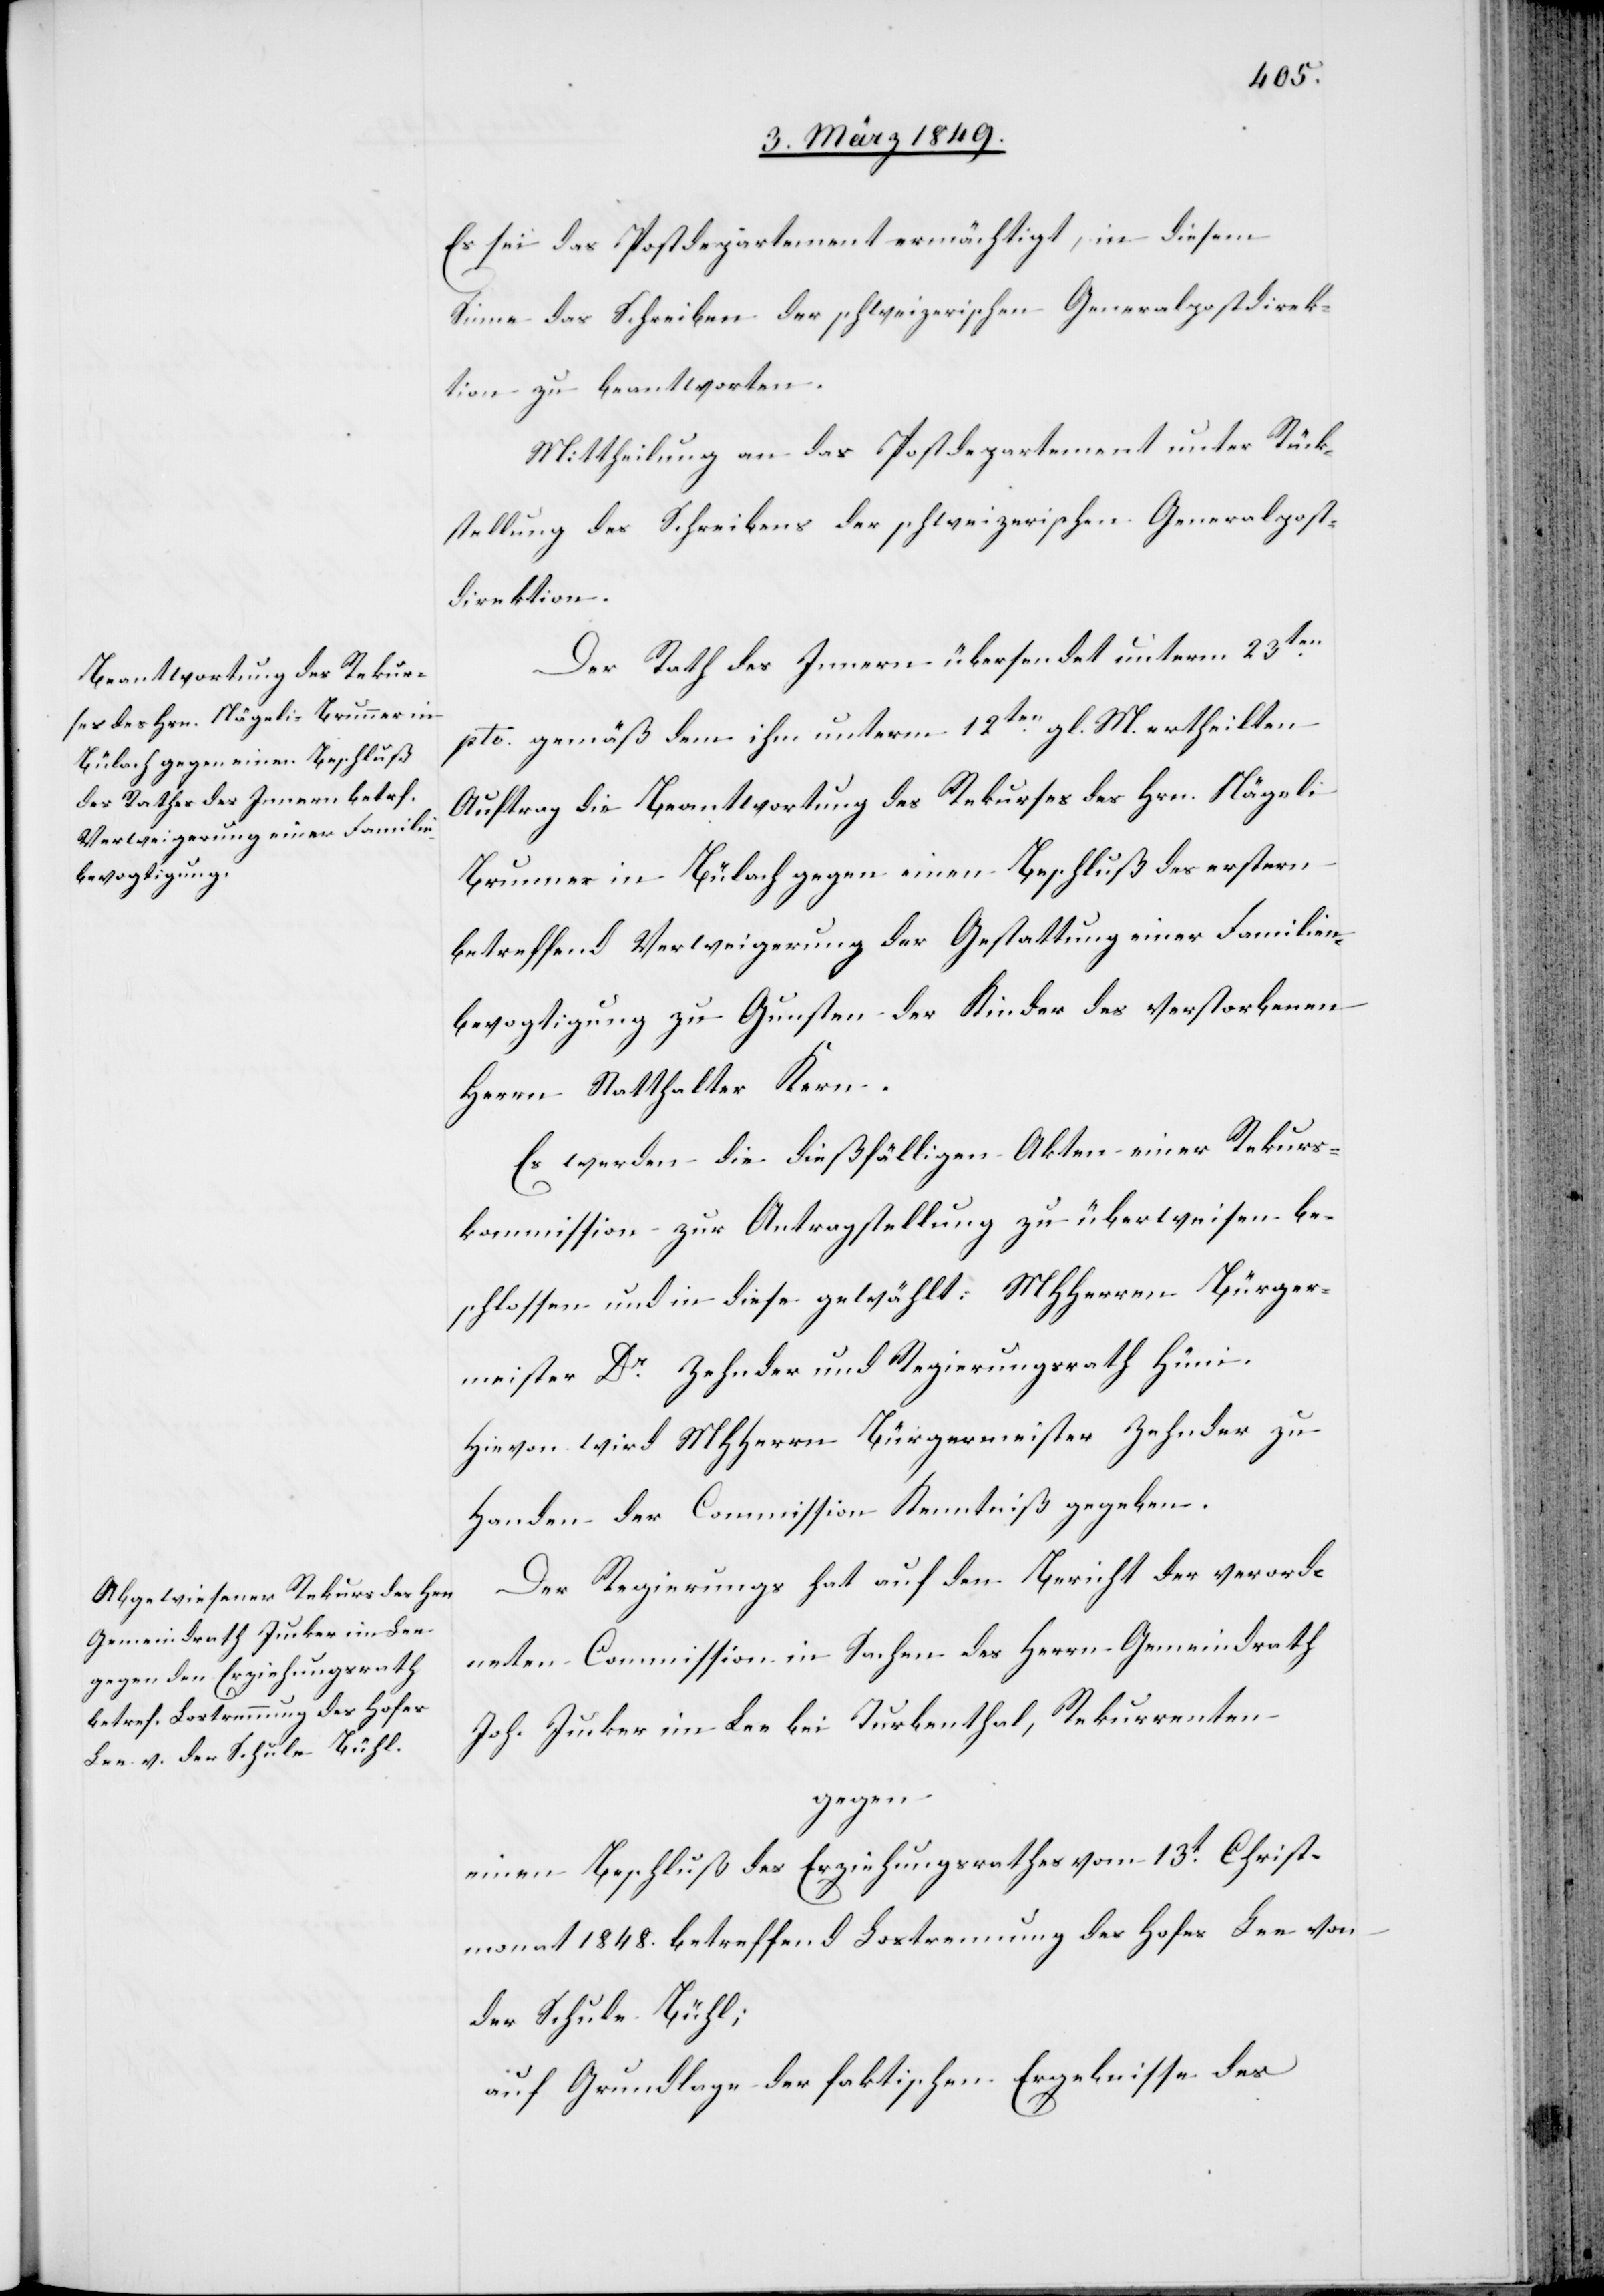
Es sei das Postdepartement ermächtigt, in diesem
Sinne das Schreiben der schweizerischen Generalpostdirek¬
tion zu beantworten.
Mittheilung an das Postdepartement unter Rück¬
stellung des Schreibens der schweizerischen Generalpost¬
direktion.
Der Rath des Innern übersendet unterm 23ten.
pto. gemäß dem ihm unterm 12ten. gl. M. ertheilten
Auftrag die Beantwortung des Rekurses des Hrn. Nägel¬
i-Brunner in Bülach gegen einen Beschluß des erstern
betreffend Verweigerung der Gestattung einer Familien¬
bevogtigung zu Gunsten der Kinder des verstorbenen
Herrn Statthalter Kern.
Es werden die dießfälligen Akten einer Rekurs¬
kommission zur Antragstellung zu überweisen be¬
schlossen und in diese gewählt: MHHerren Bürger¬
meister Dr. Zehnder und Regierungsrath Hüni.
Hievon wird MHHerrn Bürgermeister Zehnder zu
Handen der Commission Kenntniß gegeben.
Der Regierungsrath hat auf den Bericht der verord¬
neten Commission in Sachen des Herrn Gemeindrath
Joh. Jucker im Lee bei Turbenthal, Rekurrenten
gegen
einen Beschluß des Erziehungsrathes vom 13t. Christ¬
monat 1848. betreffend Lostrennung des Hofes Lee von
der Schule Bühl;
auf Grundlage der faktischen Ergebnisse des